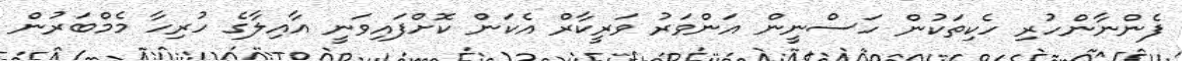
ފެންނާންހުރި ހެކިތަކުން ހަސްނީން އަންވަރު ވަރީކާރް އެކަން ކޮށްފައިވަނީ އާއިލާގެ ހުރިހާ މެމްބަރުން